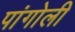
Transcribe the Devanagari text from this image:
पांगोली